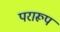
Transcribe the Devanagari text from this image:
परारूप